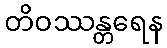
တိဝဿန္တရေန